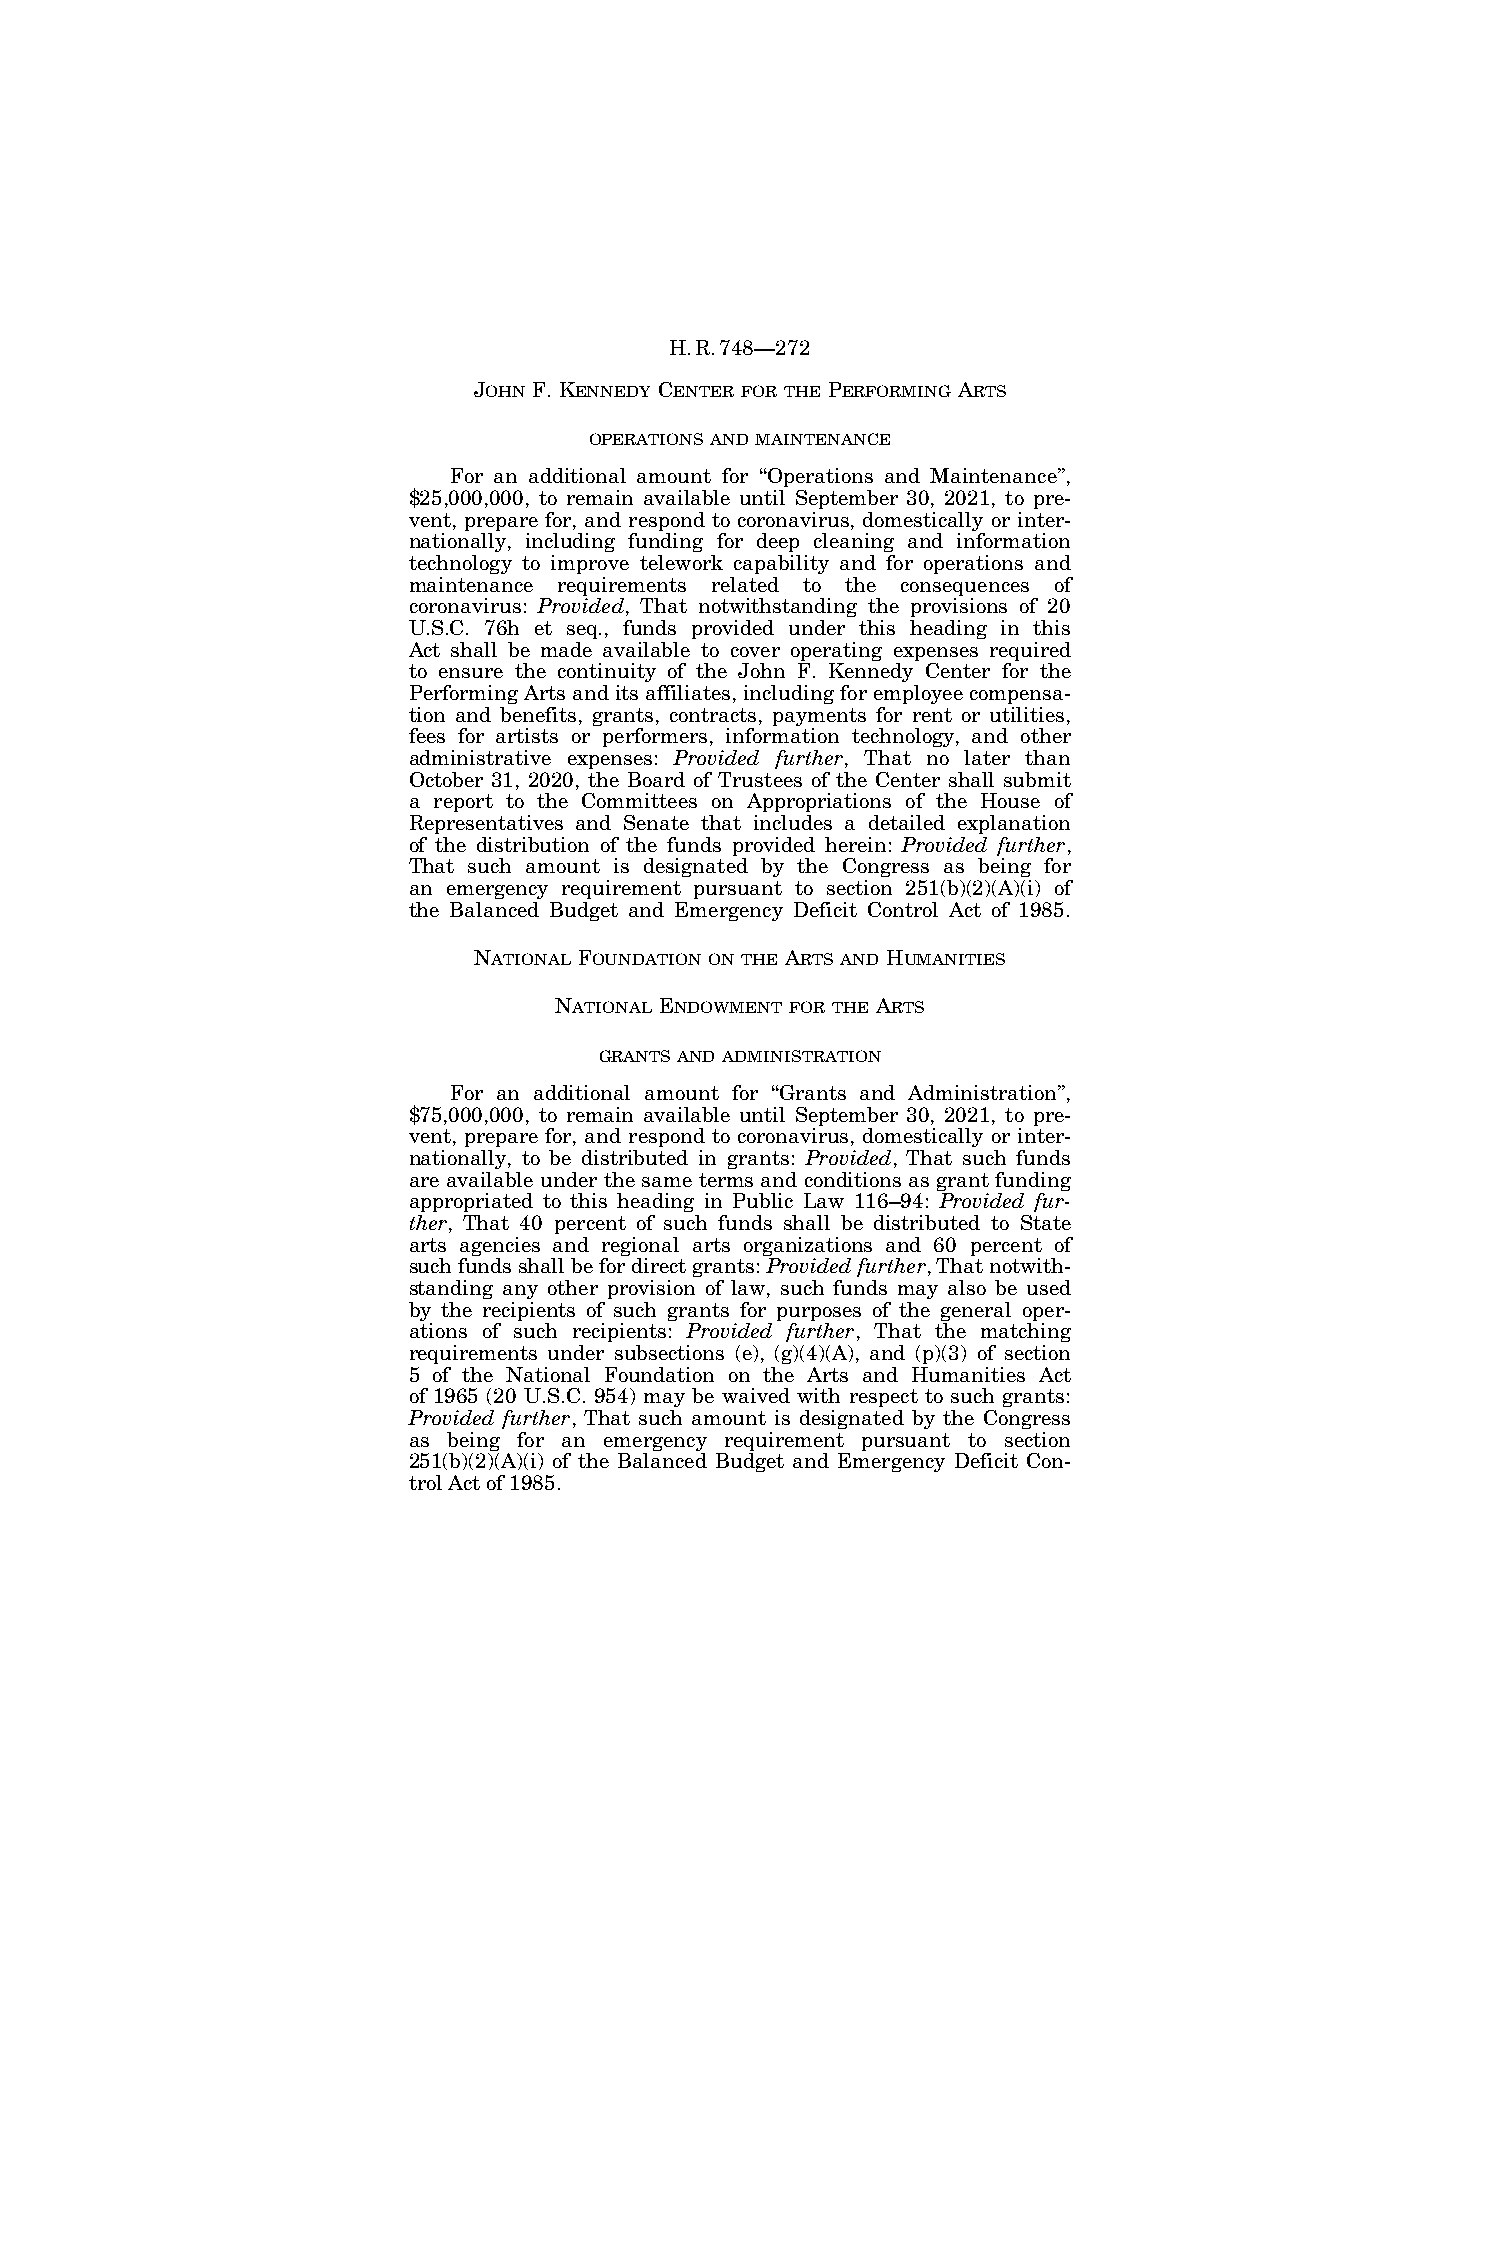
H.R.748—272
 JOHN F. KENNEDY CENTER FOR THE PERFORMING ARTS
 OPERATIONS AND MAINTENANCE
 For an additional amount for ‘‘Operations and Maintenance’’,
 $25,000,000, to remain available until September 30, 2021, to pre-
 vent, prepare for, and respond to coronavirus, domestically or inter-
 nationally, including funding for deep cleaning and information
 technology to improve telework capability and for operations and
 maintenance requirements related to the consequences of
 coronavirus: Provided, That notwithstanding the provisions of 20
 U.S.C. 76h et seq., funds provided under this heading in this
 Act shall be made available to cover operating expenses required
 to ensure the continuity of the John F. Kennedy Center for the
 Performing Arts and its affiliates, including for employee compensa-
 tion and benefits, grants, contracts, payments for rent or utilities,
 fees for artists or performers, information technology, and other
 administrative expenses: Provided further, That no later than
 October 31, 2020, the Board of Trustees of the Center shall submit
 a report to the Committees on Appropriations of the House of
 Representatives and Senate that includes a detailed explanation
 of the distribution of the funds provided herein: Provided further,
 That such amount is designated by the Congress as being for
 an emergency requirement pursuant to section 251(b)(2)(A)(i) of
 the Balanced Budget and Emergency Deficit Control Act of 1985.
 NATIONAL FOUNDATION ON THE ARTS AND HUMANITIES
 NATIONAL ENDOWMENT FOR THE ARTS
 GRANTS AND ADMINISTRATION
 For an additional amount for ‘‘Grants and Administration’’,
 $75,000,000, to remain available until September 30, 2021, to pre-
 vent, prepare for, and respond to coronavirus, domestically or inter-
 nationally, to be distributed in grants: Provided, That such funds
 are available under the same terms and conditions as grant funding
 appropriated to this heading in Public Law 116–94: Provided fur-
 ther, That 40 percent of such funds shall be distributed to State
 arts agencies and regional arts organizations and 60 percent of
 such funds shall be for direct grants: Provided further, That notwith-
 standing any other provision of law, such funds may also be used
 by the recipients of such grants for purposes of the general oper-
 ations of such recipients: Provided further, That the matching
 requirements under subsections (e), (g)(4)(A), and (p)(3) of section
 5 of the National Foundation on the Arts and Humanities Act
 of 1965 (20 U.S.C. 954) may be waived with respect to such grants:
 Provided further, That such amount is designated by the Congress
 as being for an emergency requirement pursuant to section
 251(b)(2)(A)(i) of the Balanced Budget and Emergency Deficit Con-
 trol Act of 1985.